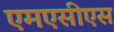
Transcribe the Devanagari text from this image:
एमएसीएस